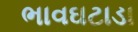
ભાવઘટાડા